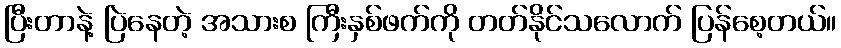
ပြီးတာနဲ့ ပြဲနေတဲ့ အသားစ ကြီးနှစ်ဖက်ကို တတ်နိုင်သလောက် ပြန်စေ့တယ်။